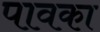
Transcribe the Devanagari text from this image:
पावका